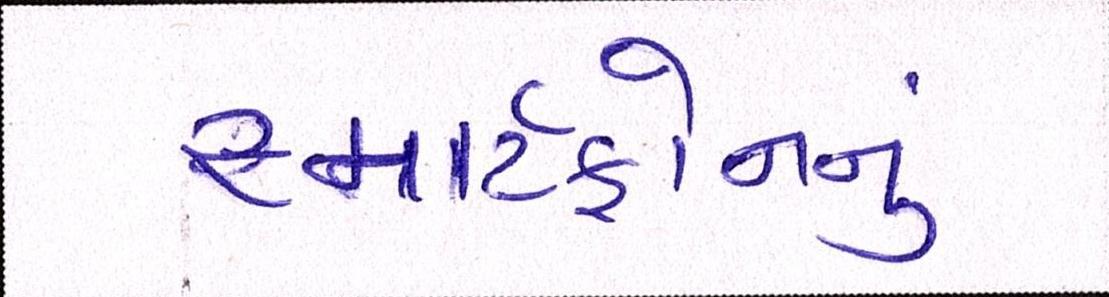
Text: સ્માર્ટફોનનું